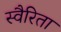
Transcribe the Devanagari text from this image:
स्वैरिता